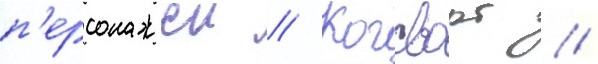
п'ерсонажеи // Когсворт /